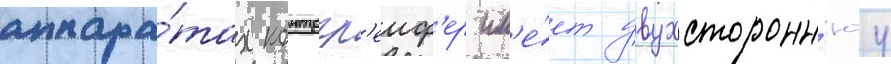
аппара́тах контргр'еиф'ер им'е́ет двухсторонн'юу